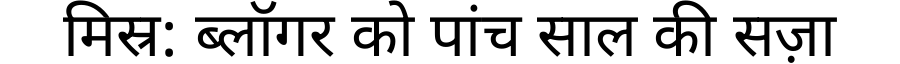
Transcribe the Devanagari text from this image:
मिस्र: ब्लॉगर को पांच साल की सज़ा